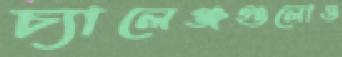
চ্যালেঞ্জগুলোও